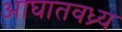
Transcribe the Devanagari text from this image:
आघातवध्र्य